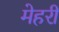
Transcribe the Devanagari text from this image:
मेहरी